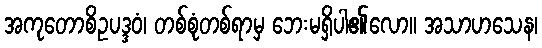
အကုတောစိဥပဒ္ဒဝံ၊ တစ်စုံတစ်ရာမှ ဘေးမရှိပါ၏လော။ အသာဟသေန၊